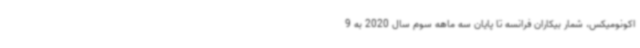
اکونومیکس، شمار بیکاران فرانسه تا پایان سه ماهه سوم سال 2020 به 9